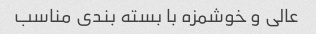
عالی و خوشمزه با بسته بندی مناسب